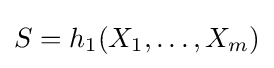
S=h_{1}(X_{1},\ldots ,X_{m})